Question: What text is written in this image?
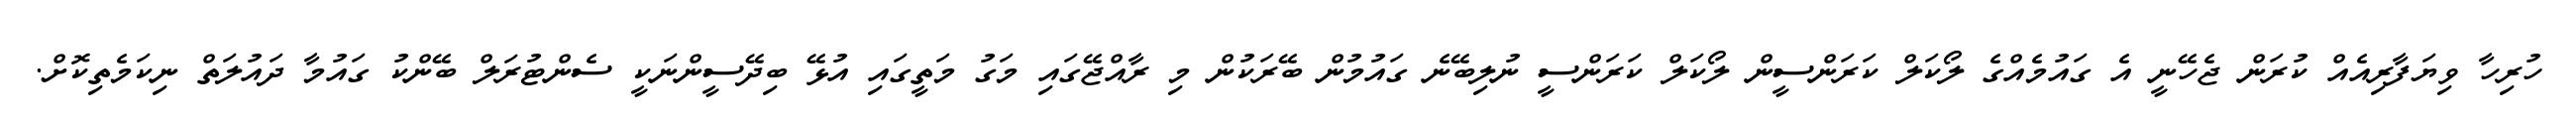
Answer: ހުރިހާ ވިޔަފާރިއެއް ކުރަން ޖެހޭނީ އެ ގައުމެއްގެ ލޯކަލް ކަރަންސީން ލޯކަލް ކަރަންސީ ނުލިބޭނެ ގައުމުން ބޭރަކުން މި ރާއްޖޭގައި މަގު މަތީގައި އުޅޭ ބިދޭސީންނަކީ ސެންޓުރަލް ބޭންކު ގައުމާ ދައުލަތް ނިކަމެތިކޮށް.